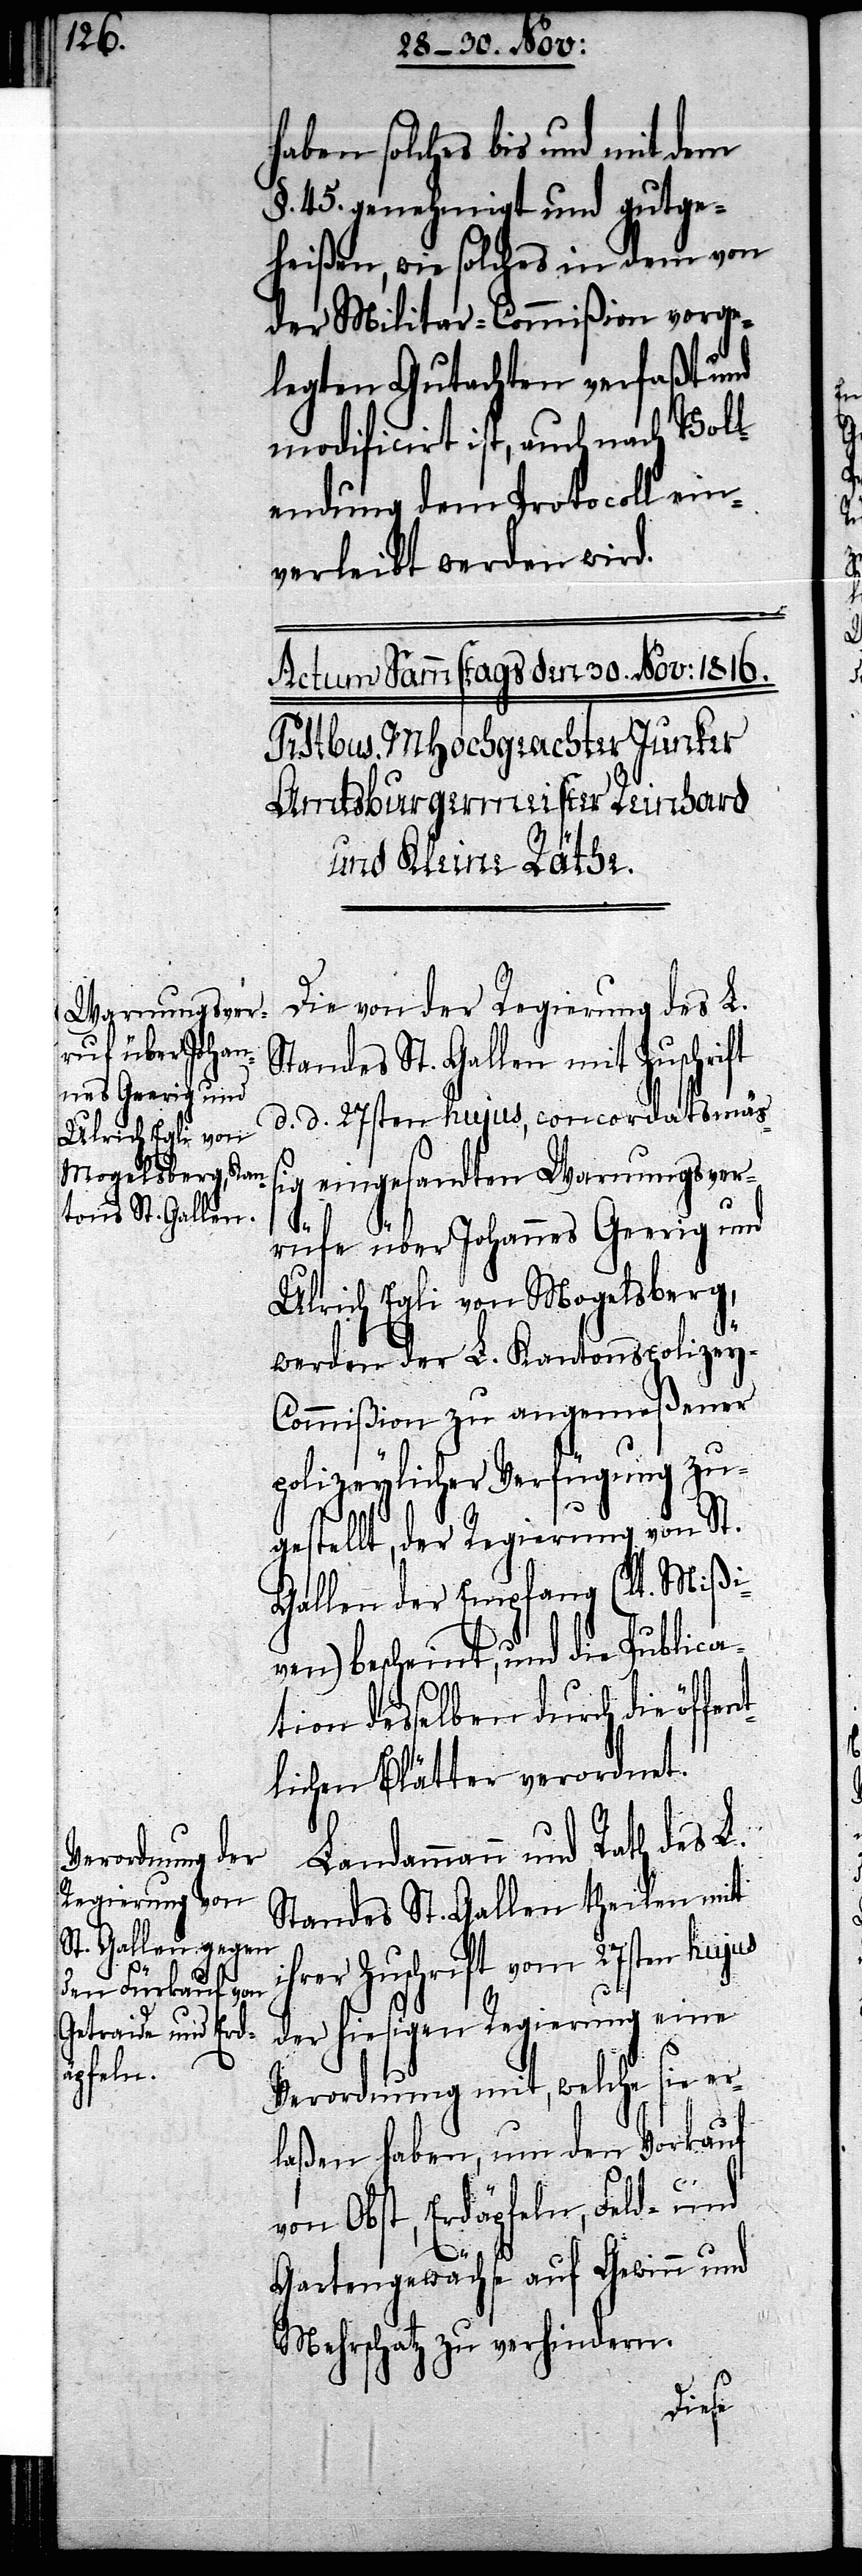
haben solches bis und mit dem
§. 45. genehmigt und gutge¬
heißen, wie solches in dem von
der Militar-Commißion vorge¬
legten Gutachten verfaßt und
modificirt ist, auch nach Vol¬
lendung dem Protocoll ein¬
verleibt werden wird.
Die von der Regierung des L.
Standes St. Gallen mit Zuschrift
d. d. 27sten hujus, concordatsmäß¬
ig eingesandten Warnungsver¬
i¬
rüfe über Johannes Geerig und
Ulrich Egli von Mogelsberg,
werden der L. Kantonspolizey-C¬
ommißion zu angemeßener
polizeylicher Verfügung zu¬
gestellt, der Regierung von St.
Gallen der Empfang (lt. Mißi¬
ven) bescheint, und die Publica¬
tion desselben durch die öffen¬
tlichen Blätter verordnet.
Landammann und Rath des L.
Standes St. Gallen theilen mit
hrer Zuschrift vom 27sten hujus
der hiesigen Regierung eine
Verordnung mit, welche sie er¬
laßen haben, um den Vorkauf
von Obst, Erdäpfeln, Feld- und
Gartengewächse auf Gewinn und
Mehrschatz zu verhindern.